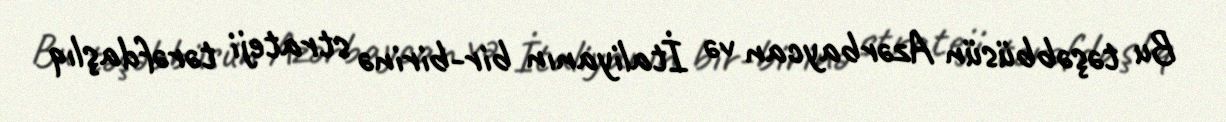
Bu təşəbbüsün Azərbaycan və İtaliyanın bir-birinə strateji tərəfdaşlıq